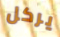
يركل